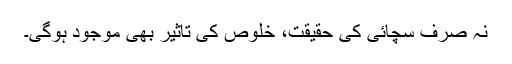
نہ صرف سچائی کی حقیقت، خلوص کی تاثیر بھی موجود ہوگی۔